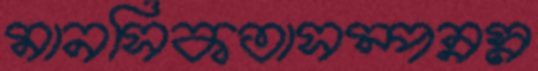
মানসিকতাসম্পন্নস্ন